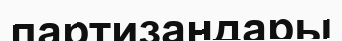
партизандары